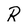
Character: R